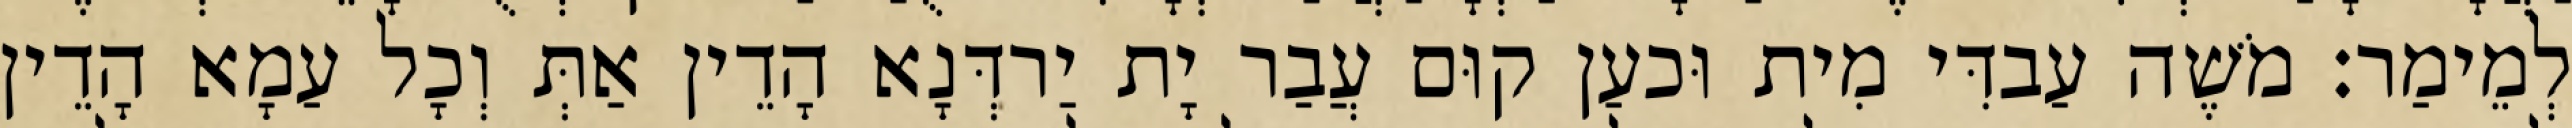
לְמֵימַר׃ מֹשֶׁה עַבדִּי מִית וּכעַן קוּם עֲבַר יָת יַרדְּנָא הָדֵין אַתְּ וְכָל עַמָא הָדֵין